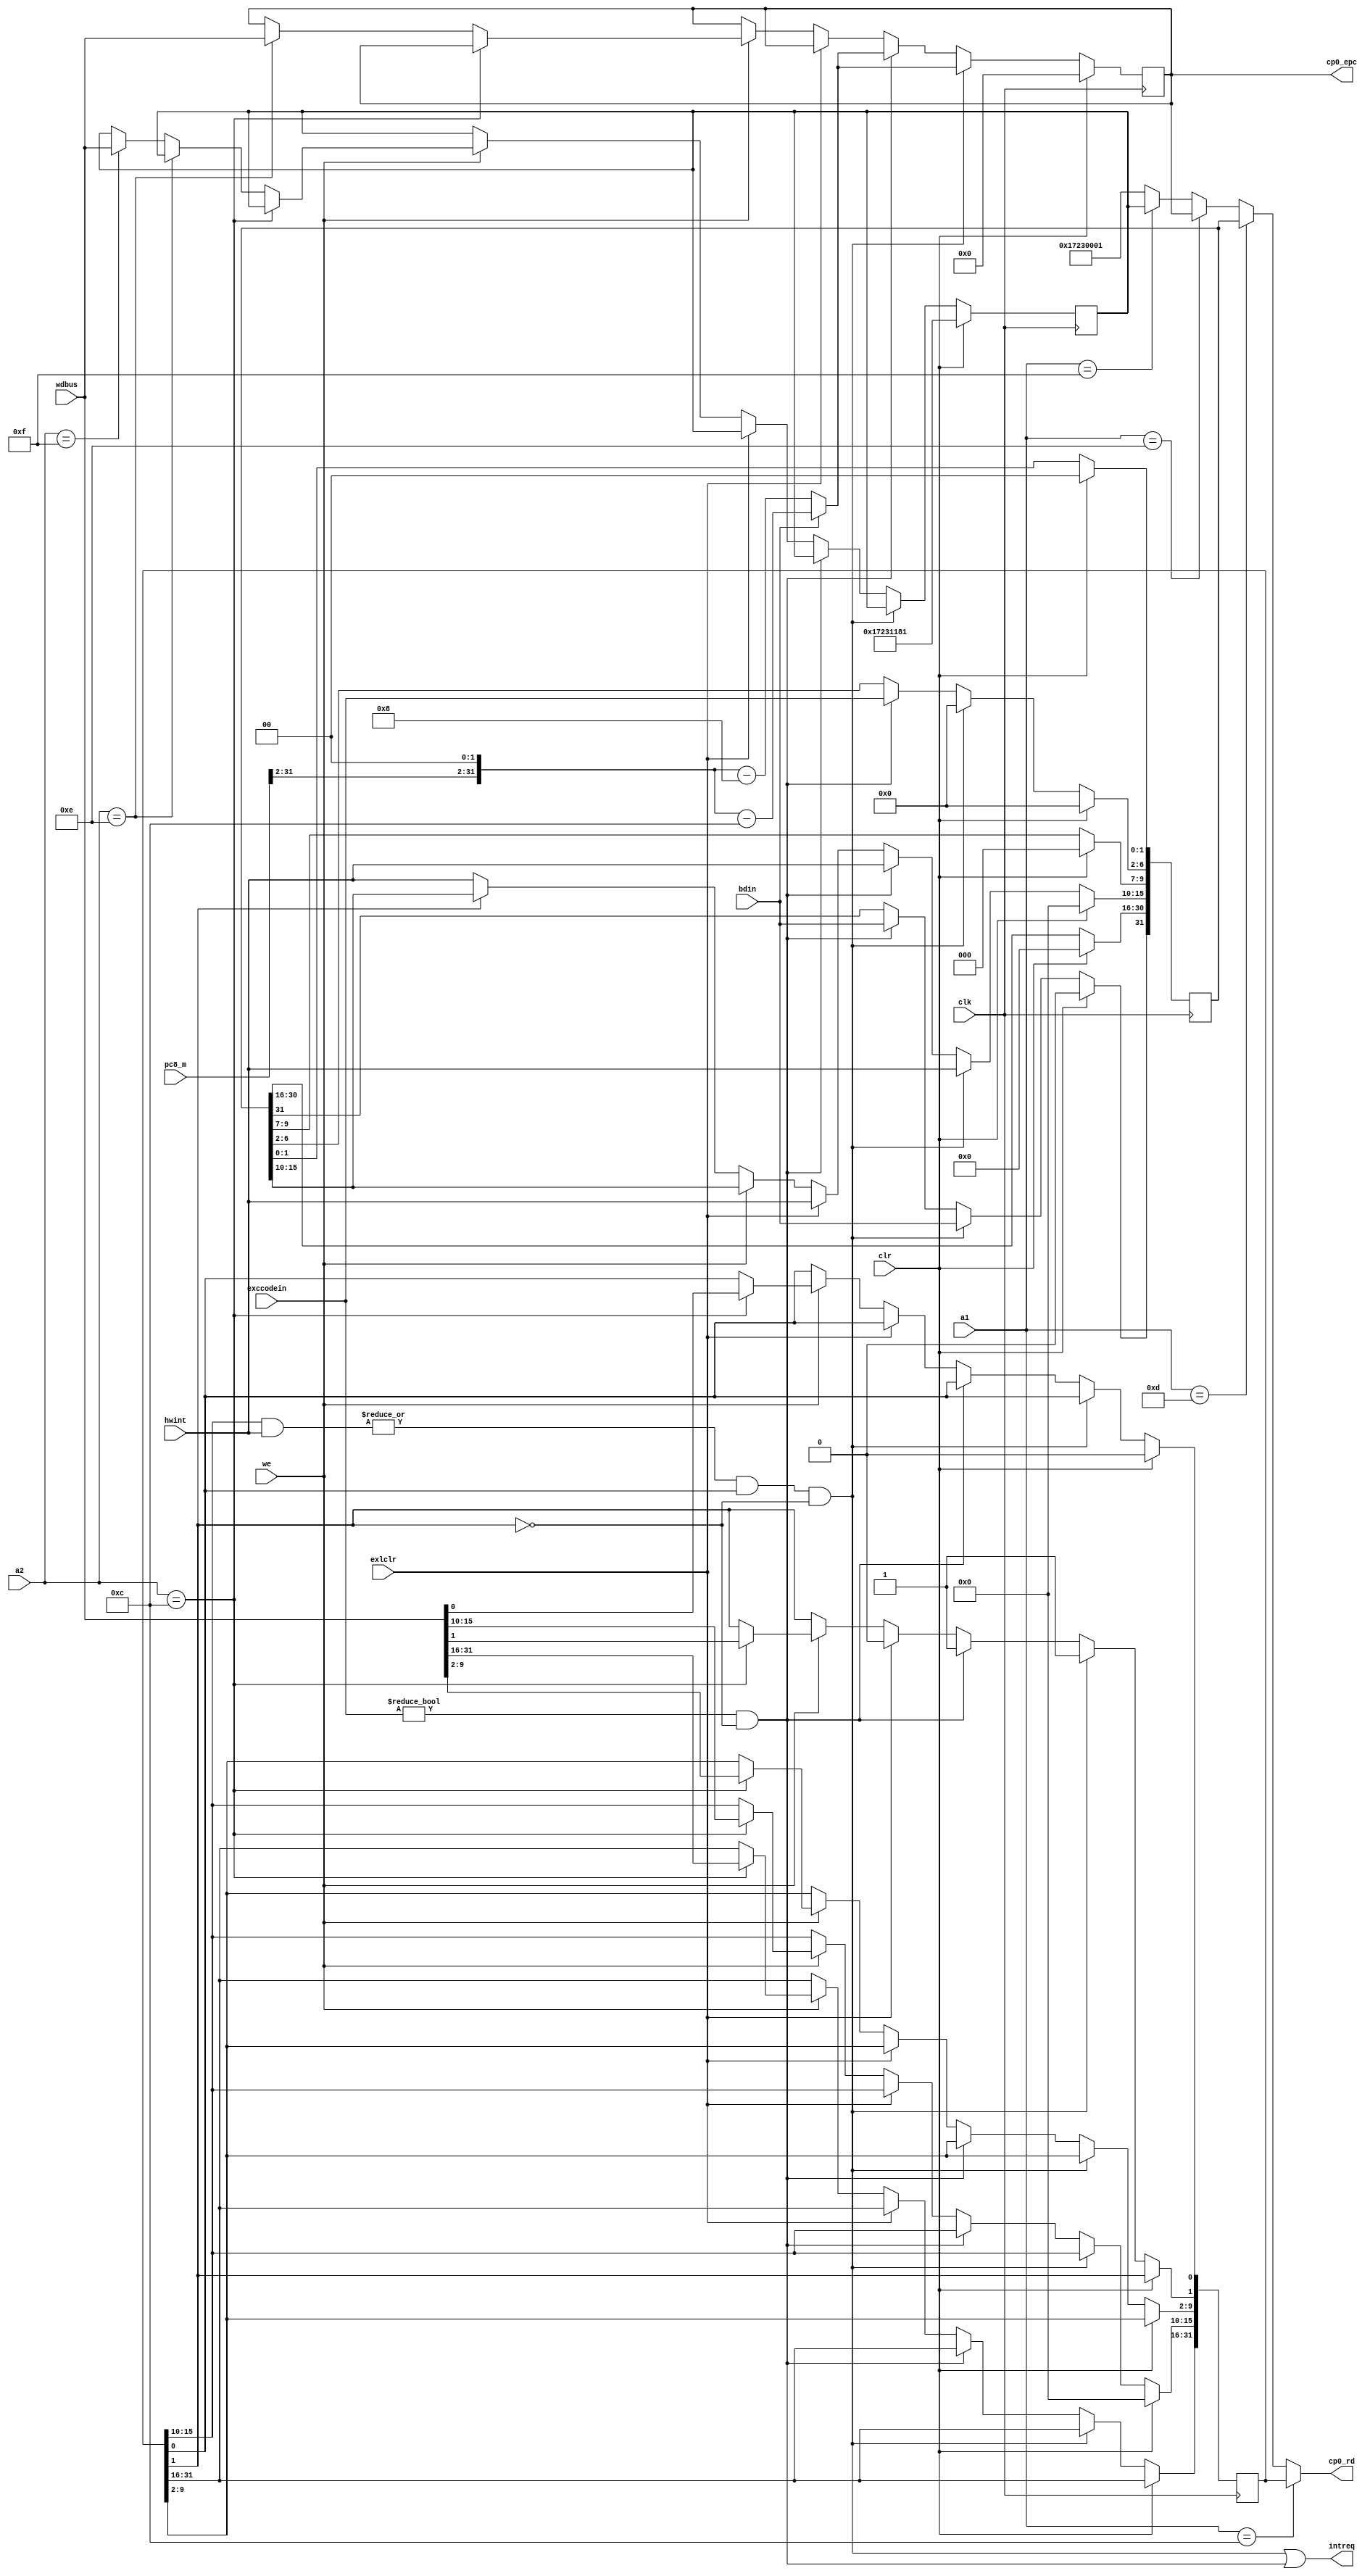
`timescale 1ns / 1ps
`define ip cause[15:10]
`define exccode cause[6:2]
`define bd cause[31]
`define im sr[15:10]
`define exl sr[1]
`define ie sr[0]

module CP0(clk,clr,a1,a2,wdbus,pc8_m,bdin,hwint,exccodein,we,exlclr,cp0_rd,cp0_epc,intreq);
input [4:0] a1,a2,exccodein;
input [31:0] wdbus,pc8_m;
input clk,clr, bdin,we,exlclr;
input [5:0] hwint; 
output [31:0] cp0_rd,cp0_epc;
output intreq;

reg [31:0] cause,sr,epc,prid;
wire hwreq;
assign hwreq=(|(`im&hwint))&`ie&(~`exl);
assign intreq=hwreq|(exccodein!=0&&`exl==0);
assign cp0_rd=(a1==12)?sr:
					(a1==13)?cause:
					(a1==14)?epc:
					(a1==15)?prid:
					32'h17230001;
assign cp0_epc=epc;
initial begin
	epc=0; cause=0;prid=32'h17231181;sr=0;
	`im=6'b000000; `ie=0;
end
wire [31:0] pc8_mc;
assign pc8_mc={pc8_m[31:2],2'b0};
always@(posedge clk)
	begin
		if(clr)
			begin
				epc=0; cause=0;prid=32'h17231181;
				`im=6'b000000; `ie=0;
			end
		else if(hwreq)
			begin
				`exl<=1; `bd<=bdin; `ip<=hwint;`exccode<=0;
				epc<=(bdin==1)?pc8_mc-12:pc8_mc-8;
			end
		else if(exccodein!=0&&`exl==0)
			begin
				`exl<=1; `bd<=bdin; `ip<=hwint; `exccode<=exccodein;
				epc<=(bdin==1)?pc8_mc-12:pc8_mc-8;
			end
		else if(exlclr)
			begin
				`ip<=hwint;`exl<=0;
			end
		else if(we)
			begin
				if(a2==12)
					sr<=wdbus;
				else if(a2==14)
					epc<=wdbus;
				else if(a2==15)
					prid<=wdbus;
			end
		else if(~`exl)
			`ip<=hwint;
	end

endmodule